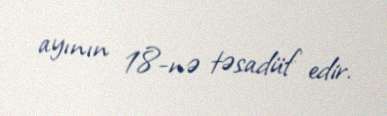
ayının 18-nə təsadüf edir.